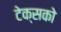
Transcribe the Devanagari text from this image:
टेक्सको